Report on horse surra - Volume I
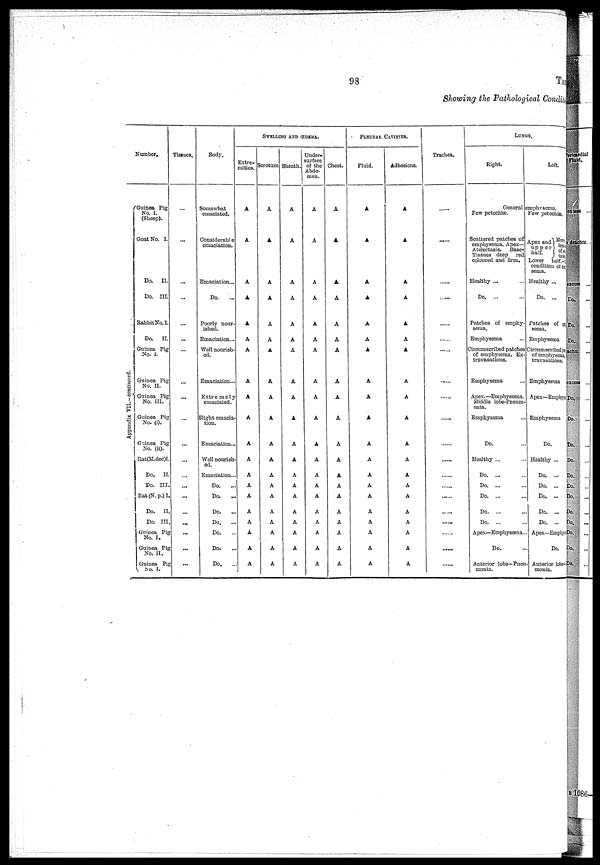
98
TABLE
Shewing the Pathological Condition
Number.
Guinea Pig
No. I.
(Sheep).
Goat No. I.
Do. II.
Do. III.
Rabbit No.I.
Do. II.
Guinea Pig
No. 1.
Guinea Pig
No. II.
Guinea Pig
No. III.
Guinea Pig
No. (i).
Guinea Pig
No. (ii).
Rat(M.dec)I.
Do. II.
Do. III.
Rat(N.p.)I.
Do. II
Do. III
Guinea Pig
No. I.
Guinea Pig
No. II.
Guinea Pig.
No.
I.
Tissues.
...
...
...
...
....
...
...
...
...
...
...
...
...
...
...
...
...
...
...
...
Body.
Somewhat
emaciated.
Considerable
emaciation.
Emaciation...
Do.
Poorly nour-
ished.
Emaciation...
Well nourish-
ed.
Emaciation...
Extremely
emaciated.
Slight emacia-
tion.
Emaciation..,
Well nourish-
ed.
Emaciation...
Do.
...
Do.
...
Do. ...
Do. ...
Do.
...
Do. ...
Do. ...
SWELLING
AND
ŒDBMA.
Exter-Scrotum
A
A
A
A
A
A
A
A
A
A
A
A
A
A
A
A
A
A
A
A
A
A
A
A
A
A
A
A
A
A
A
A
A
A
A
A
A
A
A
A
Sheath.
A
A
A
A
A
A
A
A
A
A
A
A
A
A
A
A
A
A
A
A
Under-
surface
of the
Abdo-
men.
A
A
A
A
A
A
A
A
A
A
A
A
A
A
A
A
A
A
A
A
Chest.
A
A
A
A
A
A
A
A
A
A
A
A
A
A
A
A
A
A
A
A
PLEURAL CAVITIES.
Fluid.
A
A
A
A
A
A
A
A
A
A
A
A
A
A
A
A
A
A
A
A
Adhesions.
A
A
A
A
A
A
A
A
A
A
A
A
A
A
A
A
A
A
A
A
Trachea.
......
......
......
......
......
......
......
......
......
......
......
......
......
......
......
......
......
......
......
......
LUNGS
Right.
General
Few petechiæ.
Scattered patches of
emphysema. Apex—
Atelectasis. Base-
Tissues deep red
coloured and firm.
Healthy ...
Do. ...
Patches of emphy-
sema.
Emphysema
Circumscribed patches
of emphysema. Ex-
travasations.
Emphysema ...
Apex.—Emphysema.
Middle lobe-Pneum-
onia.
Emphysema ...
Do. ...
Healthy ...
Do. ...
Do. ...
Do. ...
Do. ...
Do. ...
Apex—Emphysema..
Do.
Anterior lobe—Pneu
monia.
Left.
emphvsema.
Few petechiæ.
Apex and More
upper } lesses
half. } Lesses of-
Lower half.-
condition of er
sema.
Healthy ...
Do. ...
Patches of em
sema.
Emphysema
Circumscribed pa
of emphysema.
travasatious,
Emphysema
Apex—Emphyse
Emphysema
Do. ...
Healthy ...
Do. ...
Do. ...
Do. ...
Do. ...
Do. ...
Apex—Emphys
Do.
Anterior lohe-
monia.
Appendix VII.—continued.